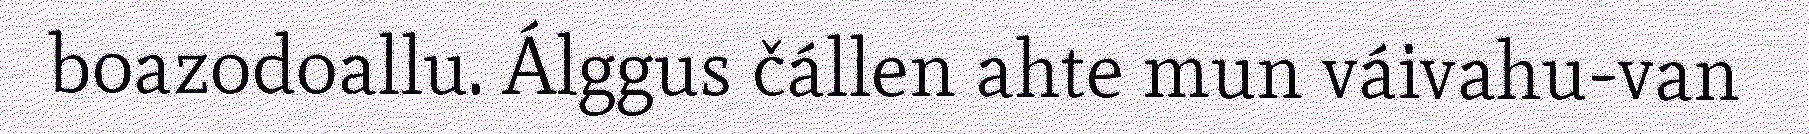
boazodoallu. Álggus čállen ahte mun váivahu-van